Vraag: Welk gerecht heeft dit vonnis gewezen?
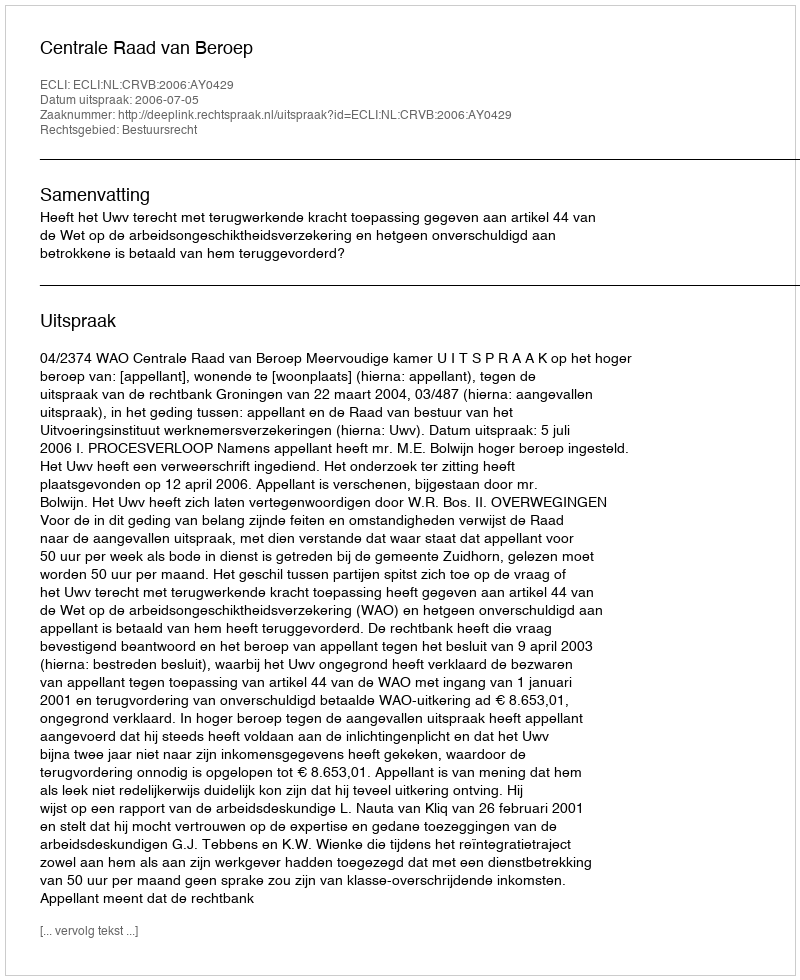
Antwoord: Centrale Raad van Beroep